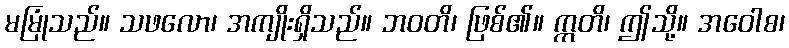
မမြုံသည်။ သဖလော၊ အကျိုးရှိသည်။ ဘဝတိ၊ ဖြစ်၏။ ဣတိ၊ ဤသို့။ အဝေါစ၊